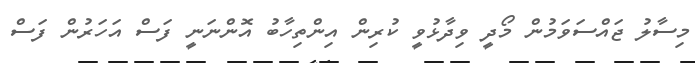
މިސާލު ޖައްސަވަމުން މޯދީ ވިދާޅުވީ ކުރިން އިންތިހާބު އޮންނަނީ ފަސް އަހަރުން ފަސް